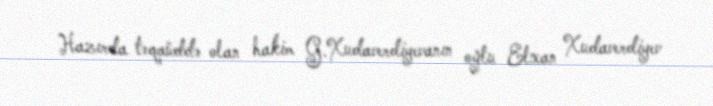
Hazırda təqaüddə olan hakim G.Xudaverdiyevanın oğlu Elxan Xudaverdiyev